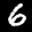
Label: 6